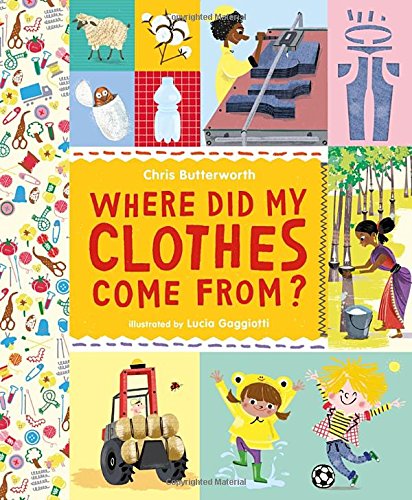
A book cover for Where Did My Clothes Come From?; Chris Butterworth; Children's Books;